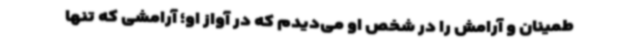
طمینان و آرامش را در شخص او می‌دیدم که در آواز او؛ آرامشی که تنها